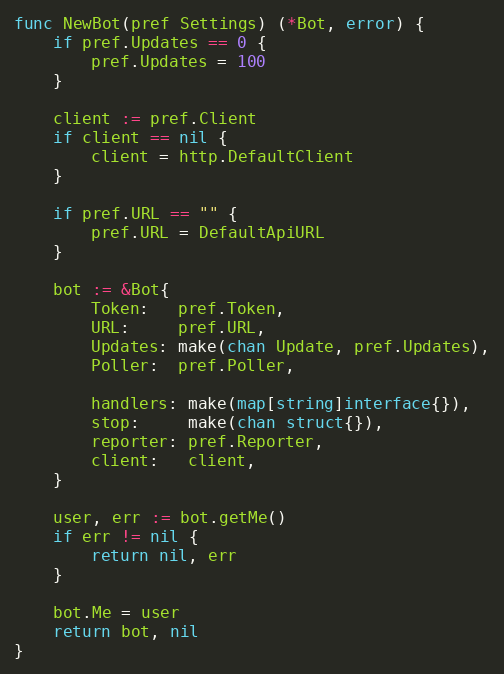
Language: Go
func NewBot(pref Settings) (*Bot, error) {
	if pref.Updates == 0 {
		pref.Updates = 100
	}

	client := pref.Client
	if client == nil {
		client = http.DefaultClient
	}

	if pref.URL == "" {
		pref.URL = DefaultApiURL
	}

	bot := &Bot{
		Token:   pref.Token,
		URL:     pref.URL,
		Updates: make(chan Update, pref.Updates),
		Poller:  pref.Poller,

		handlers: make(map[string]interface{}),
		stop:     make(chan struct{}),
		reporter: pref.Reporter,
		client:   client,
	}

	user, err := bot.getMe()
	if err != nil {
		return nil, err
	}

	bot.Me = user
	return bot, nil
}